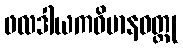
ဖလဒါယကဝိမာနဝတ္ထု